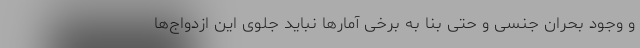
و وجودِ بحران جنسی و حتی بنا به برخی آمارها نباید جلوی این ازدواج‌ها